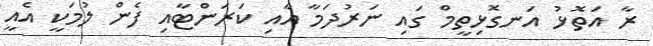
ރާ އަތޮޅު އަނގޮޅިތީމް ގައި ނަރުދަމާ އާއި ކަަރަންޓާއި ފެން ލުމަކީ އެއީ